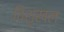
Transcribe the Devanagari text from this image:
विशृंखल